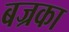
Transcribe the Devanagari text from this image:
बज्रका